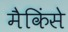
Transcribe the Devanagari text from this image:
मैकिंसे